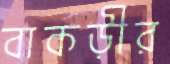
বাকড়ীর